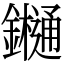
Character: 𨯁